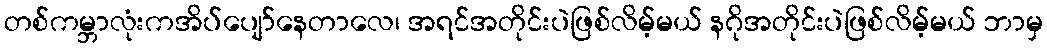
တစ်ကမ္ဘာလုံးကအိပ်ပျော်နေတာလေ၊ အရင်အတိုင်းပဲဖြစ်လိမ့်မယ် နဂိုအတိုင်းပဲဖြစ်လိမ့်မယ် ဘာမှ